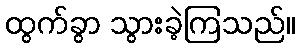
ထွက်ခွာ သွားခဲ့ကြသည်။